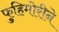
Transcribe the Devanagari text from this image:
फुहिमोरीने